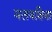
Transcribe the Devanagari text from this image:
मलयशिया